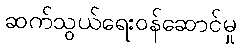
ဆက်သွယ်ရေးဝန်ဆောင်မှု